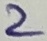
Text: 2